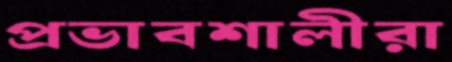
প্রভাবশালীরা